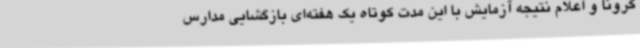
کرونا و اعلام نتیجه آزمایش با این مدت کوتاه یک هفته‌ای بازگشایی مدارس